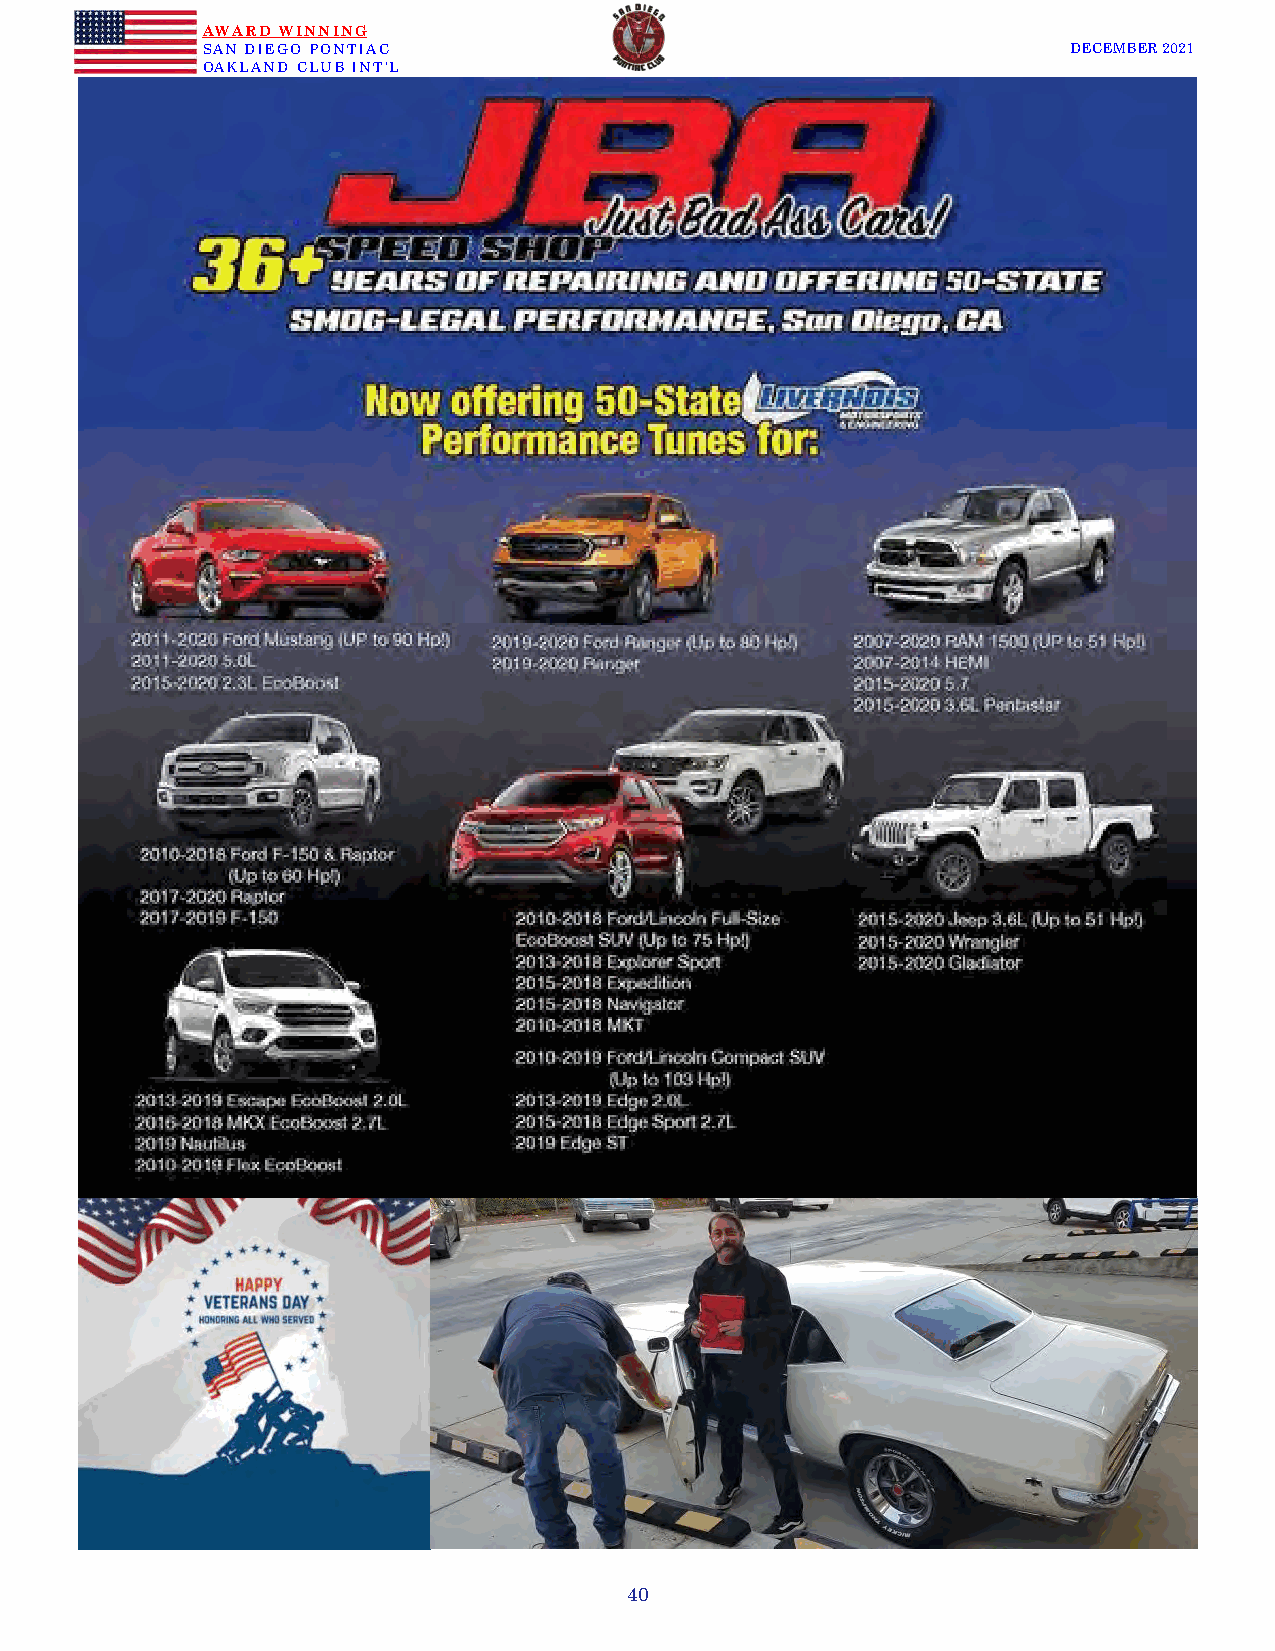
AWARD WINNING
 SAN DIEGO PONTIAC                                         DECEMBER 2021
 OAKLAND CLUB INT’L
 40